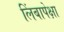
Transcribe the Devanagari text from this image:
लिंबापेक्षा